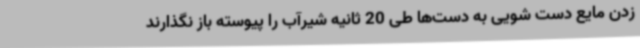
زدن مایع دست شویی به دست‌ها طی 20 ثانیه شیرآب را پیوسته باز نگذارند